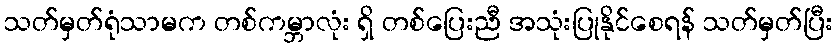
သတ်မှတ်ရုံသာမက တစ်ကမ္ဘာလုံး ရှိ တစ်ပြေးညီ အသုံးပြုနိုင်စေရန် သတ်မှတ်ပြီး